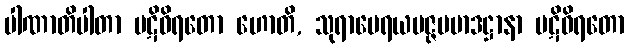
ပါဏာတိပါတာ ပဋိဝိရတော ဟောတိ, သုရာမေရယမဇ္ဇပမာဒဋ္ဌာနာ ပဋိဝိရတော